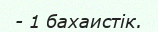
- 1 бахаистік.